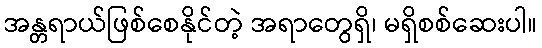
အန္တရာယ်ဖြစ်စေနိုင်တဲ့ အရာတွေရှိ၊ မရှိစစ်ဆေးပါ။